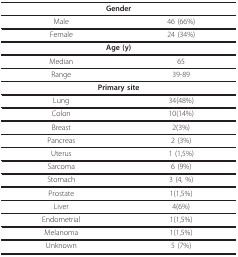
<table><thead><tr><td colspan="2"><b>Gender</b></td></tr></thead><tbody><tr><td>Male</td><td>46 (66%)</td></tr><tr><td>Female</td><td>24 (34%)</td></tr><tr><td colspan="2"><b>Age (y)</b></td></tr><tr><td>Median</td><td>65</td></tr><tr><td>Range</td><td>39-89</td></tr><tr><td colspan="2"><b>Primary site</b></td></tr><tr><td>Lung</td><td>34(48%)</td></tr><tr><td>Colon</td><td>10(14%)</td></tr><tr><td>Breast</td><td>2(3%)</td></tr><tr><td>Pancreas</td><td>2 (3%)</td></tr><tr><td>Uterus</td><td>1 (1,5%)</td></tr><tr><td>Sarcoma</td><td>6 (9%)</td></tr><tr><td>Stomach</td><td>3 (4, %)</td></tr><tr><td>Prostate</td><td>1(1,5%)</td></tr><tr><td>Liver</td><td>4(6%)</td></tr><tr><td>Endometrial</td><td>1(1,5%)</td></tr><tr><td>Melanoma</td><td>1(1,5%)</td></tr><tr><td>Unknown</td><td>5 (7%)</td></tr></tbody></table>